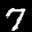
Label: 7